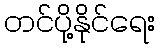
တင်ပို့နိုင်ရေး